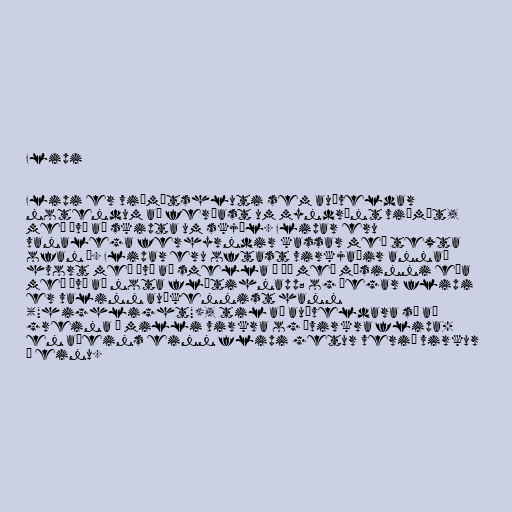
Flipi

Flipi er viðmótshluti sem auðveldar
notendum að ferðast um myndrænt viðmót,
með því að skipta um skjöl. Flipar eru
vanalega ferhyrndir kassar með texta
ofan á. Flipar eru oftast virkjaðir annað
hvort með því að smella á þá með músinni eða
með því að nota flýtihnapp; og þegar flipi
er valinn auðkennist hann
("highlight"), til að auðveldara sé að
greina á milli virkra og óvirkra flipa-
en aðeins einn flipi getur verið virkur
í einu.